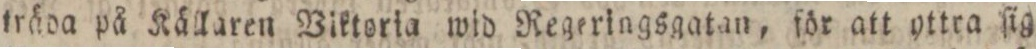
träda på Källaren Viktoria wid Regeringsgatan, för att yttra ſig